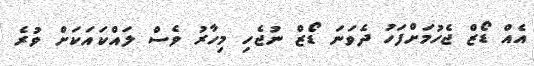
އެއް ޑޯޒް ޖެހުމަށްފަހު ދެވަނަ ޑޯޒް ނުޖެހި މިހާރު ވެސް ލައްކައަކަށް ވުރެ